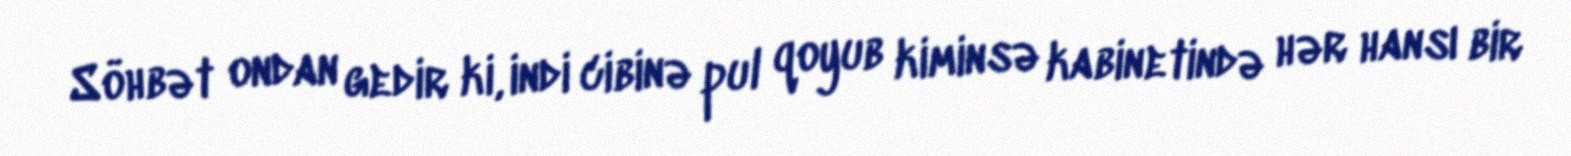
Söhbət ondan gedir ki, indi cibinə pul qoyub kiminsə kabinetində hər hansı bir